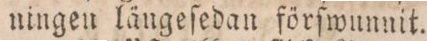
ningen längeſedan förſwunnit.